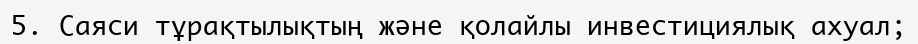
5. Саяси тұрақтылықтың және қолайлы инвестициялық ахуал;